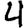
Digit: 4